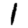
Digit: 1